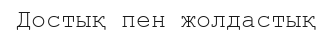
Достық пен жолдастық